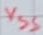
Text: VSS